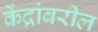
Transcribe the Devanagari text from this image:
केंद्रांवरील